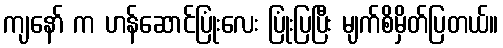
ကျနော် က ဟန်ဆောင်ပြုံးလေး ပြုံးပြပြီး မျက်စိမှိတ်ပြတယ်။